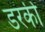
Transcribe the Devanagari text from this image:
डरकी